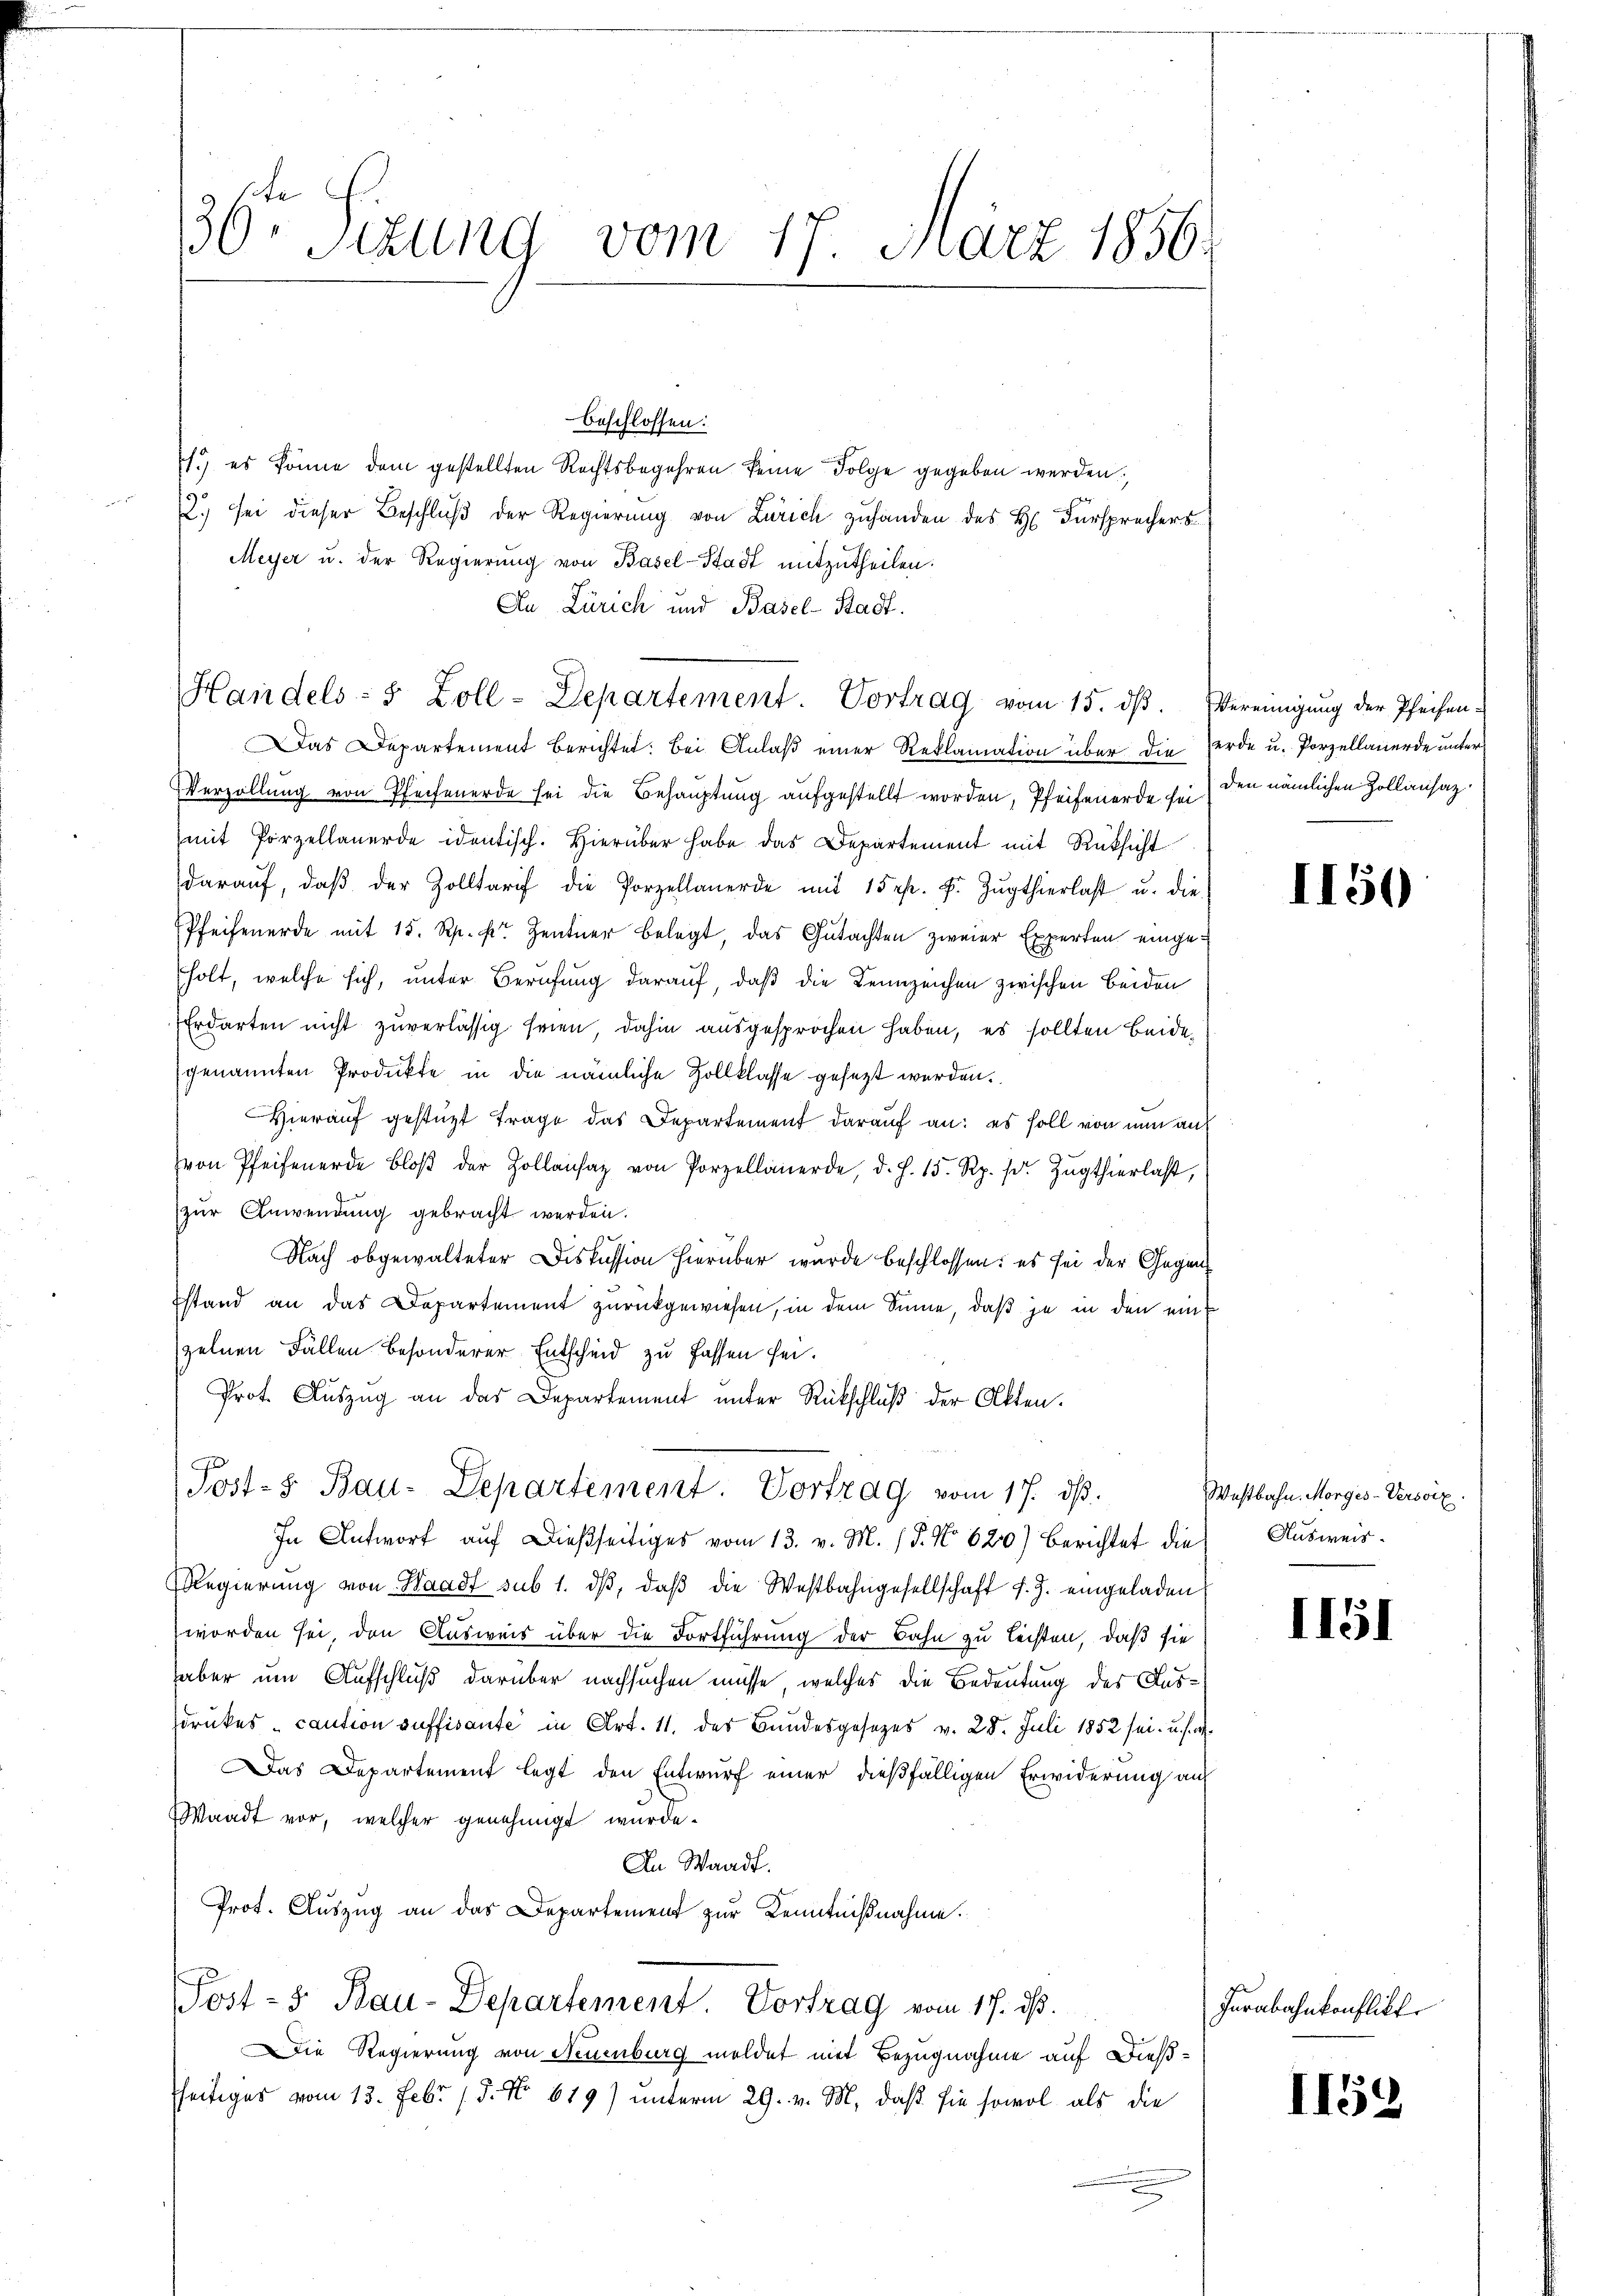
30ten Sizung vom 17. März 1856.

beschlossen:
.) es könne dem gestellten Rechtsbegehren seine Folge gegeben werden.
2.) sei dieser Beschluß der Regierung von Zürich zuhanden des H. Fürsprechers
Meyer u. der Regierung von Basel-Stadt mitzutheilen.
An Zürich und Basel-Stadt.
Handels- & Zoll-Departement. Vortrag vom 15. dβ. Vereinigung der Pfeifen-
Das Departement Berichtet: Bei Anlaß einer Reklamation über die Zerde u. Porzellauerde unter
Verzöllung von Pfeifenerde sei die Behauptung aufgestellt worden, Pfeifenerde sei den nämlichen Zollansazmit Porzellauerde identisch. Hierüber habe das Departement mit Rüksicht
daraŭf, daβ der Zolltarif die Porzellanerde mit 15 rp. F. Zŭgthierlast u. die
Pfeifenerde mit 15. Rp. pr. Zentner belegt, das Gutachten zweier Experten eingeholt, welche sich, unter Berufung darauf, daß die Kennzeichen zwischen beiden
Erdarten nicht zuverlässig seien, dahin ausgesprochen haben, es sollten beidegenannten Produkte in die nämliche Zollklasse gesezt werden.
Hierauf gestüzt trage das Departement darauf an: es soll von nun aus
von Pfeifenerde bloβ der Zollansaz von Porzellanerde, d. J. 15. Rp. pr. Zŭgthierlast,
zur Anwendung gebracht werden.
Nach obgewalteter Diskussion hierüber wurde beschlossen: es sei der Gegenstand an das Departement zurückgewiesen, in dem Sinne, daß je in den ein
zelnen Fällen besonderer Entscheid zu fassen sei.
Prot. Aŭszŭg an das Departement unter Rückschluß der Akten.
Post- & Bau-Departement. Vortrag vom 17. ds.
In Antwort auf dießseitiges vom 13. v. M. (§. No 620) Berichtet die Ausweis¬
Regierung von Waadt sub 1. dβ, daβ die Westbahngesellschaft d. J. eingeladen
worden sei, den Ausweis über die Fortführung der Bahn zu leisten, daß sie
haber um Aufschluß darüber nachsuchen müsse, welches die Bedeutung des Ausdruckes - caution suffisante in Art. 11. des Bundesgesezes v. 28. Juli 1852 sei- u. s. w.
Das Departement legt den Entwurf einer dießfälligen Erwiderung auf
Waadt vor, welcher genehmigt wurde.
An Waadt.
Prot. Auszug an das Departement zur Kenntnißnahme.
Post- & Bau-Departement. Vortrag vom 17. ds.
Die Regierung von Neuenburg meldet mit Bezugnahme auf Dießseitiges vom 13. Febr. 15. No. 619) unterm 29. v. M. daß sie sowol als die

1150

Westbahn. Morges-Versoix

II51

Farabahnkonflikt

II59